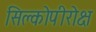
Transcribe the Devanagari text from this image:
सिक्लोपीरोक्ष